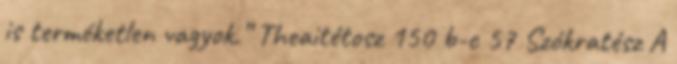
is terméketlen vagyok.” Theaitétosz 150 b-c 57 Szókratész A